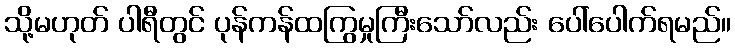
သို့မဟုတ် ပါရီတွင် ပုန်ကန်ထကြွမှုကြီးသော်လည်း ပေါ်ပေါက်ရမည်။